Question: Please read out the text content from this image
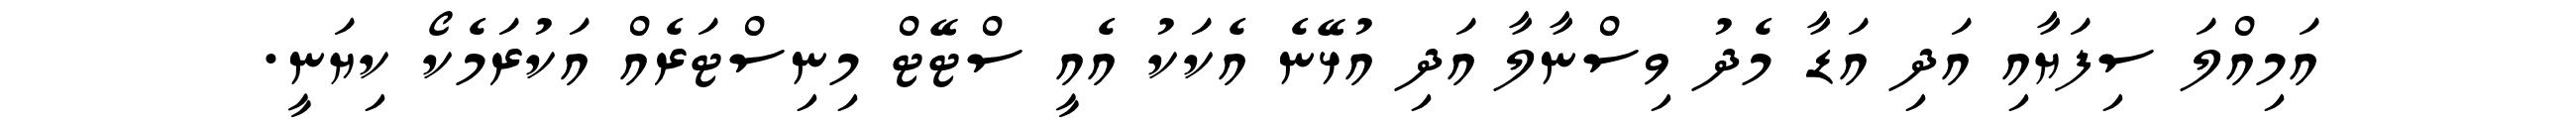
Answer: އަމިއްލަ ސިފަޔާއި އަދި އަޑާ މެދު ވިސްނާލާ އަދި އުޅޭނެ އެކަކު އެއީ ސްޓޭޓް މިނިސްޓަރެއް އަކުރަމެކޯ ކިޔަނީ.